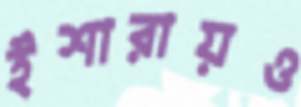
ইশারায়ও